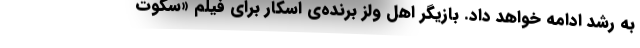
به رشد ادامه خواهد داد. بازیگر اهل ولز برنده‌ی اسکار برای فیلم «سکوت